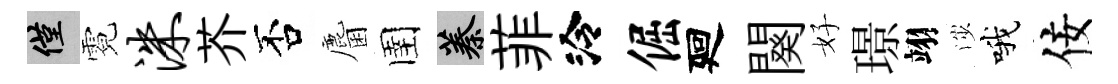
僅霓洙芥否麕圉蓁菲泠倔廻闋好璟翊渉哦佞